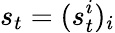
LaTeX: s_{t}=(s_{t}^{i})_{i}